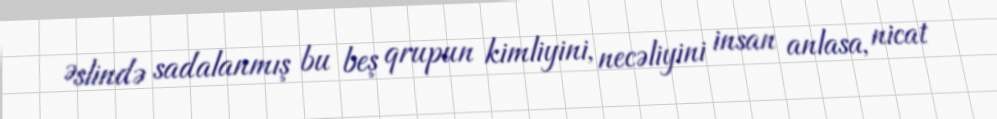
Əslində sadalanmış bu beş qrupun kimliyini, necəliyini insan anlasa, nicat